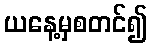
ယနေ့မှစတင်၍